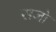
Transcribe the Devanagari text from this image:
सजो